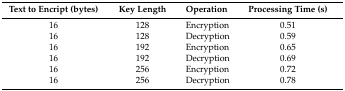
<table><thead><tr><td><b>Text to Encript (bytes)</b></td><td><b>Key Length</b></td><td><b>Operation</b></td><td><b>Processing Time (s)</b></td></tr></thead><tbody><tr><td>16</td><td>128</td><td>Encryption</td><td>0.51</td></tr><tr><td>16</td><td>128</td><td>Decryption</td><td>0.59</td></tr><tr><td>16</td><td>192</td><td>Encryption</td><td>0.65</td></tr><tr><td>16</td><td>192</td><td>Decryption</td><td>0.69</td></tr><tr><td>16 </td><td>256</td><td>Encryption</td><td>0.72</td></tr><tr><td>16</td><td>256</td><td>Decryption</td><td>0.78</td></tr></tbody></table>